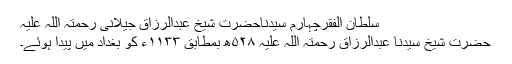
سلطان الفقرچہارم سیّدناحضرت شیخ عبدالرزاق جیلانی رحمتہ اللہ علیہ
حضرت شیخ سیّدنا عبدالرزاق رحمتہ اللہ علیہ ۵۲۸ھ بمطابق ۱۱۳۳ء کو بغداد میں پیدا ہوئے۔